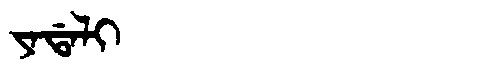
Manchu: ᠶᠠᡩᠠᠯᡳ
Romanization: YADALI